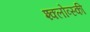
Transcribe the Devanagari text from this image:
श्क्लोव्स्की